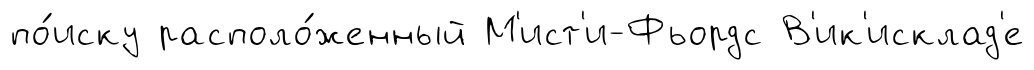
по́иску располо́женный М'ист'и-Фьордс В'ик'исклад'е